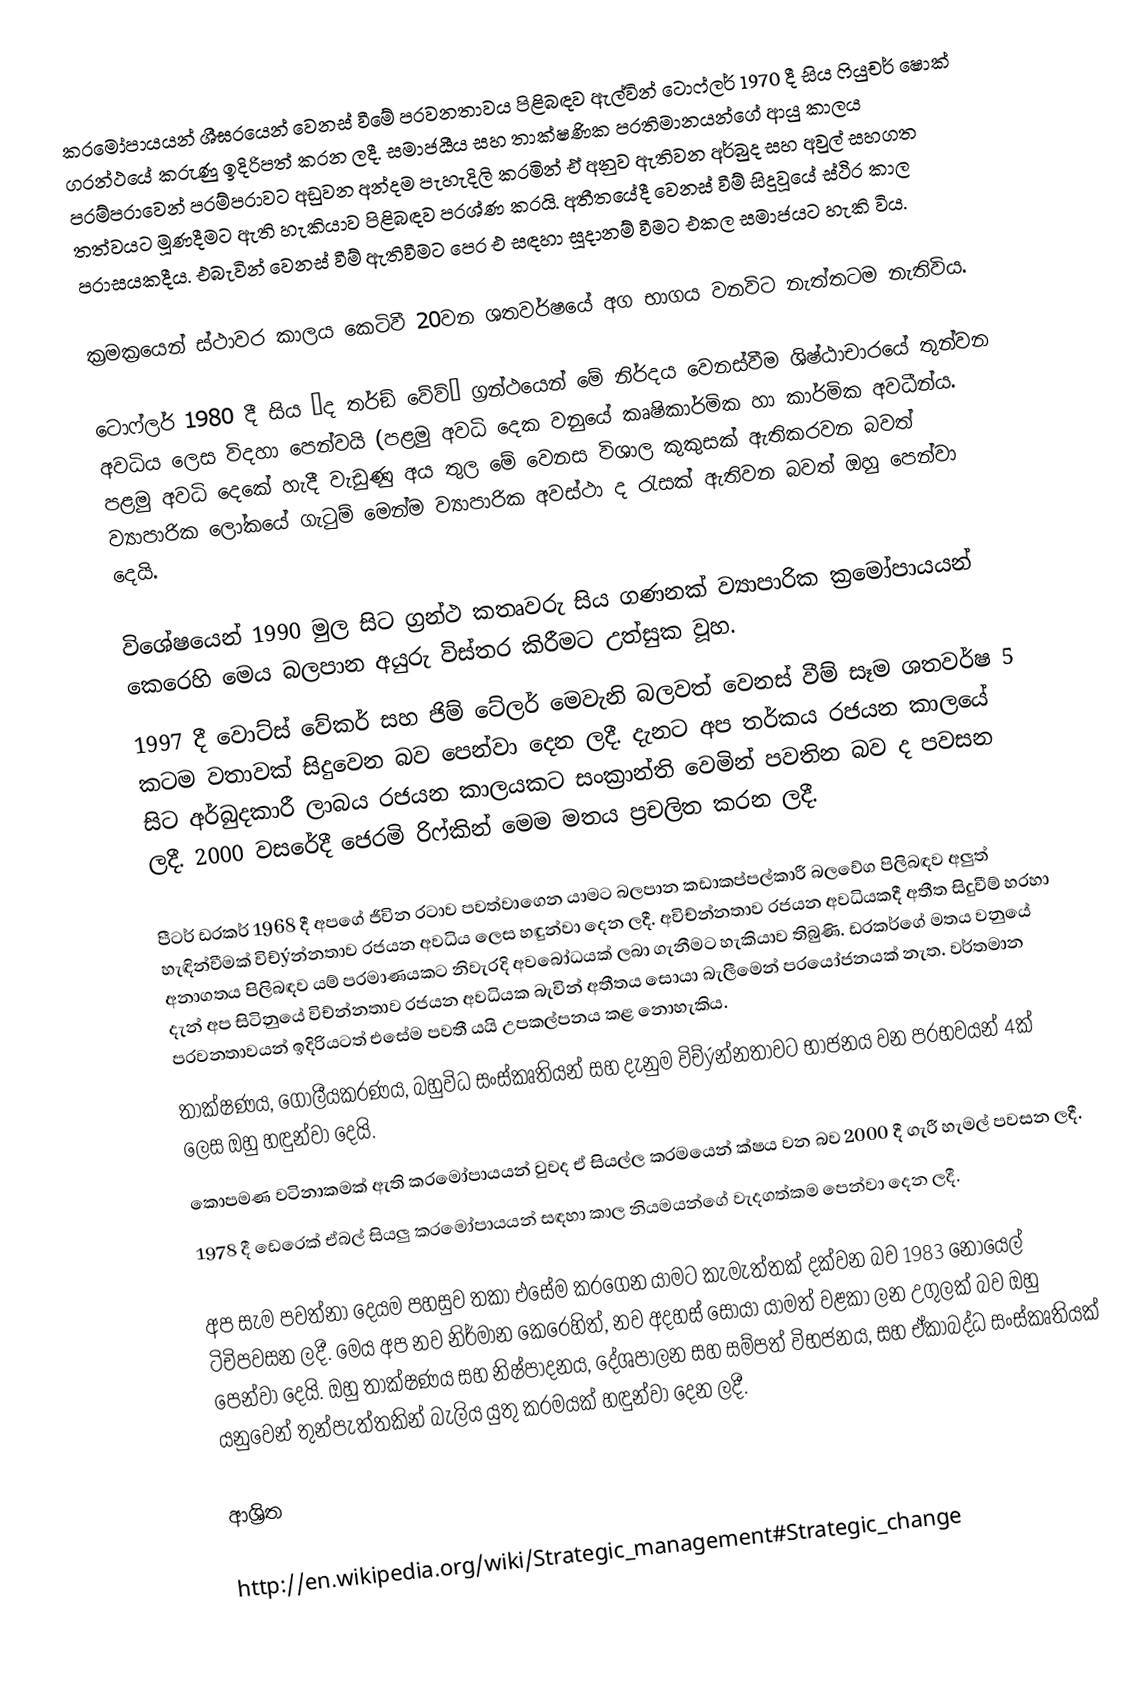
ක‍්‍රමෝපායයන් ශීඝ‍්‍රයෙන් වෙනස් වීමේ ප‍්‍රවනතාවය පිළිබඳව ඇල්වින් ටොෆ්ලර් 1970 දී සිය ෆියුචර් ෂොක් ග‍්‍රන්ථයේ කරුණු ඉදිරිපත් කරන ලදී. සමාජයීය සහ තාක්ෂණික ප‍්‍රතිමානයන්ගේ ආයු කාලය පරම්පරාවෙන් පරම්පරාවට අඩුවන අන්දම පැහැදිලි කරමින් ඒ අනුව ඇතිවන අර්බුද සහ අවුල් සහගත තත්වයට මූණදීමට ඇති හැකියාව පිළිබඳව ප‍්‍රශ්ණ කරයි.  අතීතයේදී වෙනස් වීම් සිදුවූයේ ස්ථිර කාල පරාසයකදීය.  එබැවින් වෙනස් වීම් ඇතිවීමට පෙර එ සඳහා සූදානම් වීමට එකල සමාජයට හැකි විය.

ක‍්‍රමක‍්‍රයෙන් ස්ථාවර කාලය කෙටිවී 20වන ශතවර්ෂයේ අග භාගය වනවිට නැත්තටම නැතිවිය.

ටොෆ්ලර් 1980 දී සිය ‘ද තර්ඞ් වේව්‘ ග‍්‍රන්ථයෙන් මේ නිර්දය වෙනස්වීම ශිෂ්ඨාචාරයේ තුන්වන අවධිය ලෙස විදහා පෙන්වයි (පළමු අවධි දෙක වනුයේ කෘෂිකාර්මික හා  කාර්මික අවධීන්ය.  පළමු අවධි දෙකේ හැදී වැඩුණු අය තුල මේ වෙනස විශාල කුකුසක් ඇතිකරවන බවත් ව්‍යාපාරික ලෝකයේ ගැටුම් මෙන්ම ව්‍යාපාරික අවස්ථා ද රැසක් ඇතිවන බවත් ඔහු පෙන්වා දෙයි.

විශේෂයෙන් 1990 මුල සිට ග‍්‍රන්ථ කතෘවරු සිය ගණනක් ව්‍යාපාරික ක‍්‍රමෝපායයන් කෙරෙහි මෙය බලපාන අයුරු විස්තර කිරීමට උත්සුක වූහ.
1997 දී වොට්ස් වේකර් සහ ජිම් ටේලර් මෙවැනි බලවත් වෙනස් වීම් සෑම ශතවර්ෂ 5 කටම වතාවක් සිදුවෙන බව පෙන්වා දෙන ලදී. දැනට අප තර්කය රජයන කාලයේ සිට අර්බුදකාරී ලාබය රජයන කාලයකට සංක‍්‍රාන්ති වෙමින් පවතින බව ද පවසන ලදී. 2000 වසරේදී ජෙරමි රිෆ්කින් මෙම මතය ප‍්‍රචලිත කරන ලදී.

පීටර් ඩ‍්‍රකර් 1968 දී අපගේ ජීවින රටාව පවත්වාගෙන යාමට බලපාන කඩාකප්පල්කාරී බලවේග පිලිබඳව අලුත් හැඳින්වීමක් විච්ýන්නතාව රජයන අවධිය ලෙස හඳුන්වා දෙන ලදී. අවිච්න්නතාව රජයන අවධියකදී අතීත සිදුවීම් හරහා අනාගතය පිලිබඳව යම්  ප‍්‍රමාණයකට නිවැරදි අවබෝධයක් ලබා ගැනීමට හැකියාව තිබුණි. ඩ‍්‍රකර්ගේ මතය වනුයේ  දැන් අප සිටිනුයේ විච්න්නතාව රජයන අවධියක බැවින් අතීතය සොයා බැලීමෙන් ප‍්‍රයෝජනයක් නැත. වර්තමාන ප‍්‍රවනතාවයන් ඉදිරියටත් එසේම පවතී යයි උපකල්පනය කළ නොහැකිය.
තාක්ෂණය, ගෝලීයකරණය, බහුවිධ සංස්කෘතියන් සහ දැනුම විච්ýන්නතාවට භාජනය වන ප‍්‍රභවයන් 4ක් ලෙස ඔහු හඳුන්වා දෙයි.
කොපමණ වටිනාකමක් ඇති ක‍්‍රමෝපායයන් වුවද ඒ සියල්ල ක‍්‍රමයෙන් ක්ෂය වන බව 2000 දී ගැරී හැමල් පවසන ලදී.
1978 දී ඩෙරෙක් ඒබල් සියලු ක‍්‍රමෝපායයන් සඳහා කාල නියමයන්ගේ වැදගත්කම පෙන්වා දෙන ලදී.

අප සැම පවත්නා දෙයම පහසුව තකා එසේම කරගෙන යාමට කැමැත්තක් දක්වන බව 1983 නොයෙල් ටිචිපවසන ලදී.  මෙය අප නව නිර්මාන කෙරෙහිත්, නව අදහස් සොයා යාමත් වළකා ලන උගුලක් බව ඔහු පෙන්වා දෙයි. ඔහු තාක්ෂණය සහ නිෂ්පාදනය, දේශපාලන සහ සම්පත් විභජනය, සහ ඒකාබද්ධ සංස්කෘතියක් යනුවෙන් තුන්පැත්තකින් බැලිය යුතු ක‍්‍රමයක් හඳුන්වා දෙන ලදී.

ආශ්‍රිත

http://en.wikipedia.org/wiki/Strategic_management#Strategic_change